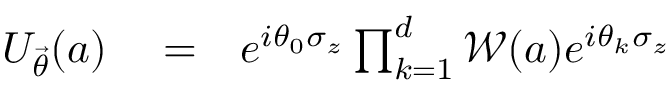
\begin{array} { r l r } { U _ { \vec { \theta } } ( a ) } & { { } = } & { e ^ { i \theta _ { 0 } \sigma _ { z } } \prod _ { k = 1 } ^ { d } \mathcal { W } ( a ) e ^ { i \theta _ { k } \sigma _ { z } } } \end{array}